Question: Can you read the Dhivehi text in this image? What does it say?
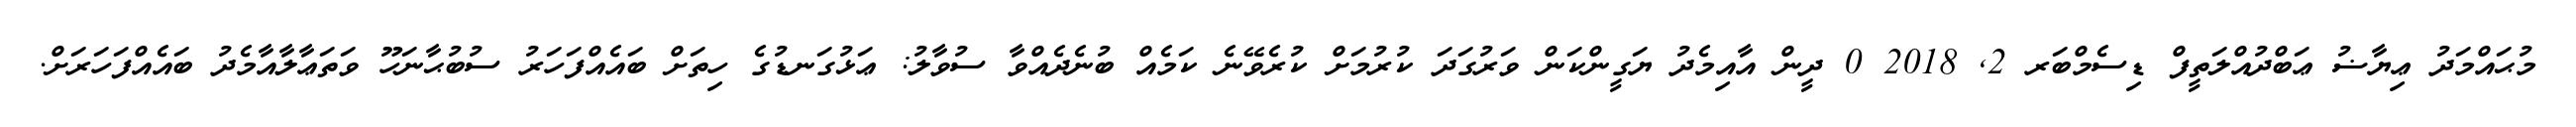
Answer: މުޙައްމަދު ޢިޔާޟު ޢަބްދުއްލަތީފް ޑިސެމްބަރ 2, 2018 0 ދީން އާއިމެދު ޔަގީންކަން ވަރުގަދަ ކުރުމަށް ކުރެވޭނެ ކަމެއް ބުނެދެއްވާ ސުވާލު: ޢަޅުގަނޑުގެ ހިތަށް ބައެއްފަހަރު ސުބުޙާނަހޫ ވަތަޢާލާއާމެދު ބައެއްފަހަރަށް.